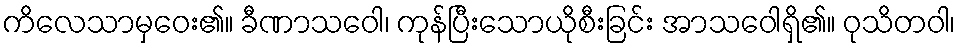
ကိလေသာမှဝေး၏။ ခီဏာသဝေါ၊ ကုန်ပြီးသောယိုစီးခြင်း အာသဝေါရှိ၏။ ဝုသိတဝါ၊